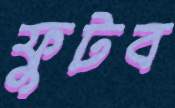
ফুটব